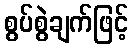
စွပ်စွဲချက်ဖြင့်